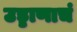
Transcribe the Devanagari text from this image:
उड्डाणाचं